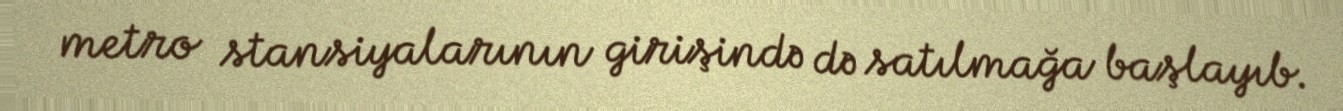
metro stansiyalarının girişində də satılmağa başlayıb.